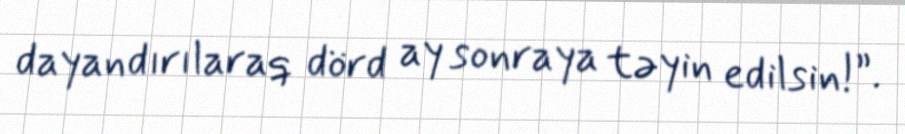
dayandırılaraq dörd ay sonraya təyin edilsin!”.